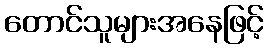
တောင်သူများအနေဖြင့်